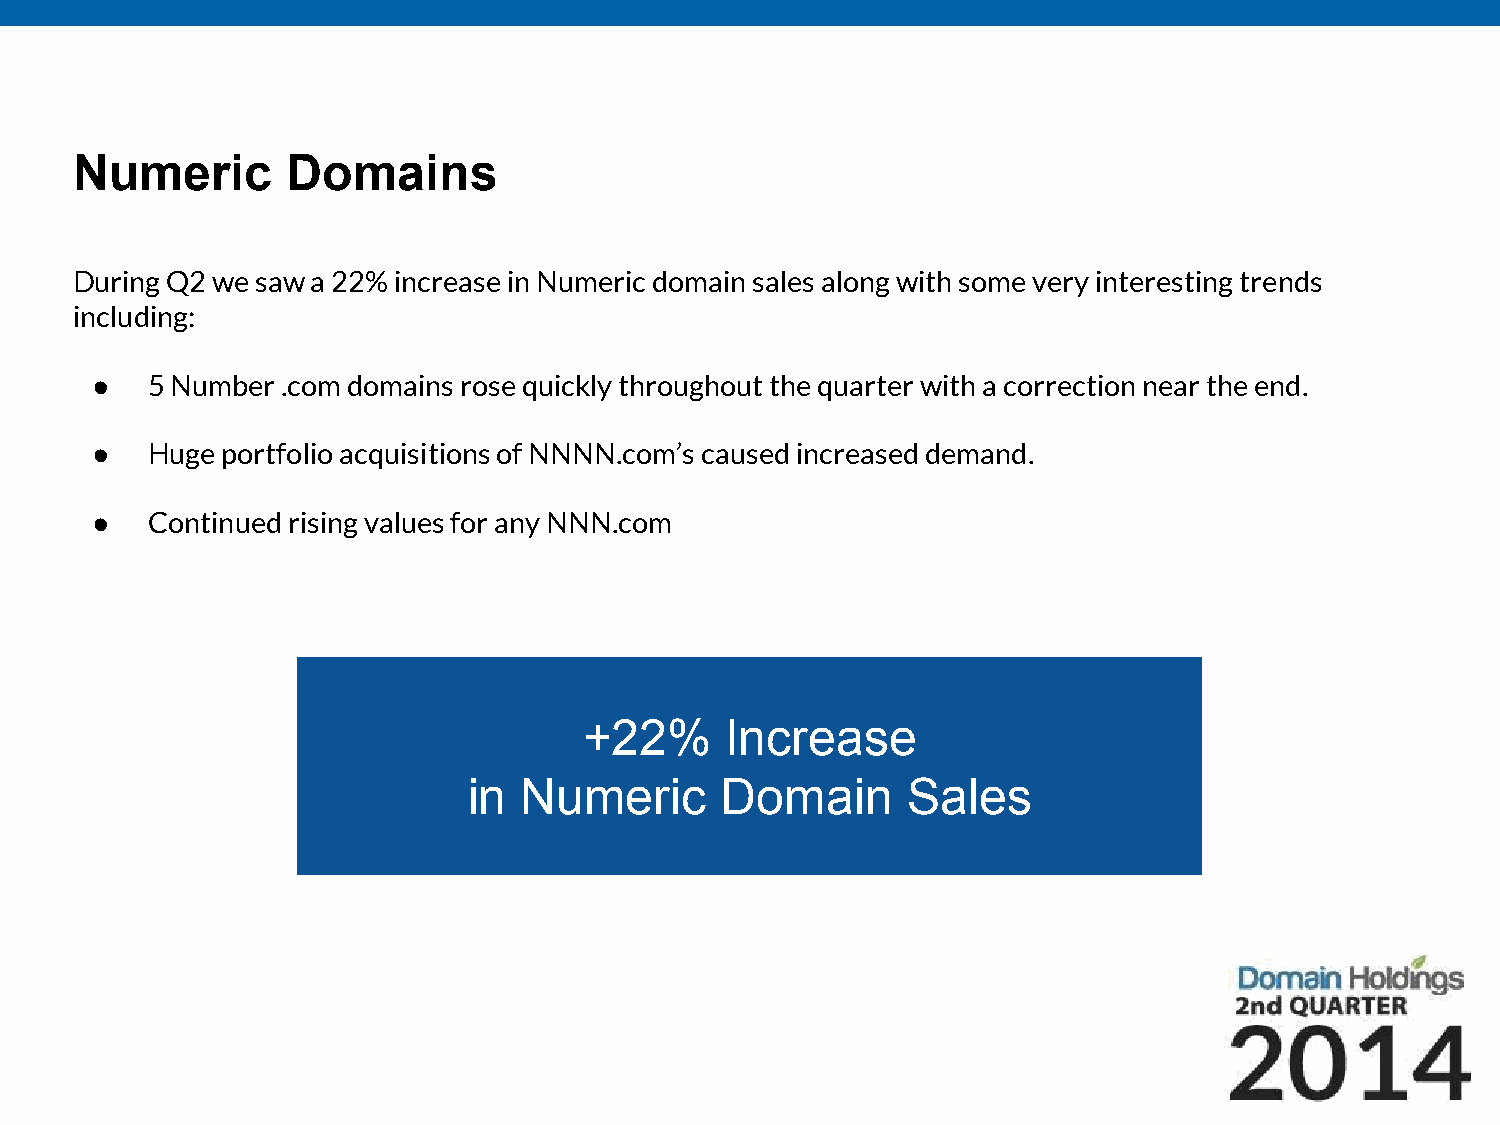
Numeric       Domains
 During Q2 we saw a 22% increase in Numeric domain sales along with some very interesting trends
 including:
 ●   5 Number .com domains rose quickly throughout the quarter with a correction near the end.
 ●   Huge portfolio acquisitions of NNNN.com’s caused increased demand.
 ●   Continued rising values for any NNN.com
 +22%     Increase
 in Numeric       Domain      Sales